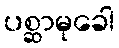
ပစ္ဆာမုခေါ